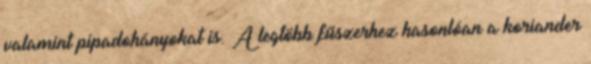
valamint pipadohányokat is. A legtöbb fűszerhez hasonlóan a koriander